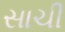
સાચી